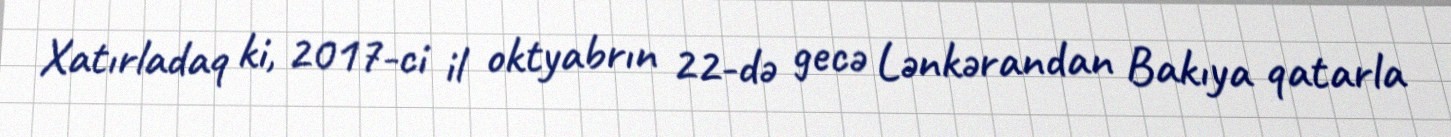
Xatırladaq ki, 2017-ci il oktyabrın 22-də gecə Lənkərandan Bakıya qatarla